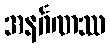
အနင်္ဂဏဿ